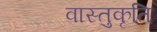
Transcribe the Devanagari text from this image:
वास्तुकृति